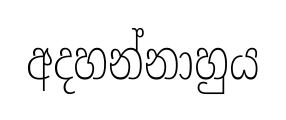
අදහන්නාහුය